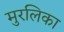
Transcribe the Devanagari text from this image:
मुरलिका